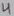
Text: 4